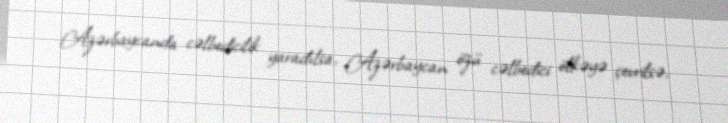
Azərbaycanda cəlbedicilik yaradılsa, Azərbaycan özü cəlbedici ölkəyə çevrilsə,